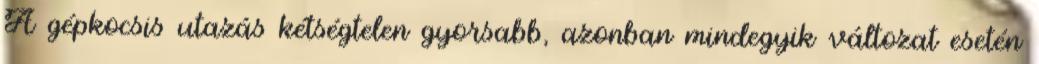
A gépkocsis utazás kétségtelen gyorsabb, azonban mindegyik változat esetén